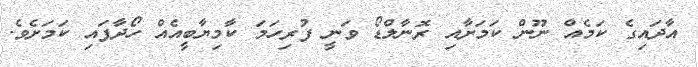
އާދައިގެ ކަމެއް ނޫން ކަމަށާއި ރޮނާލްޑޯ ވަނީ ފުރިހަމަ ކާމިޔާބީއެއް ހޯދާފައި ކަމަށެވެ.